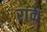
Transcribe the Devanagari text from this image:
रांके